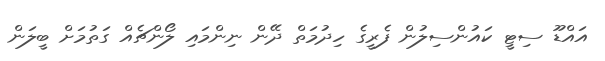
އައްޑޫ ސިޓީ ކައުންސިލުން ފެރީގެ ހިދުމަތް ދޭން ނިންމައި ލޯންޗެއް ގަތުމަށް ބީލަން